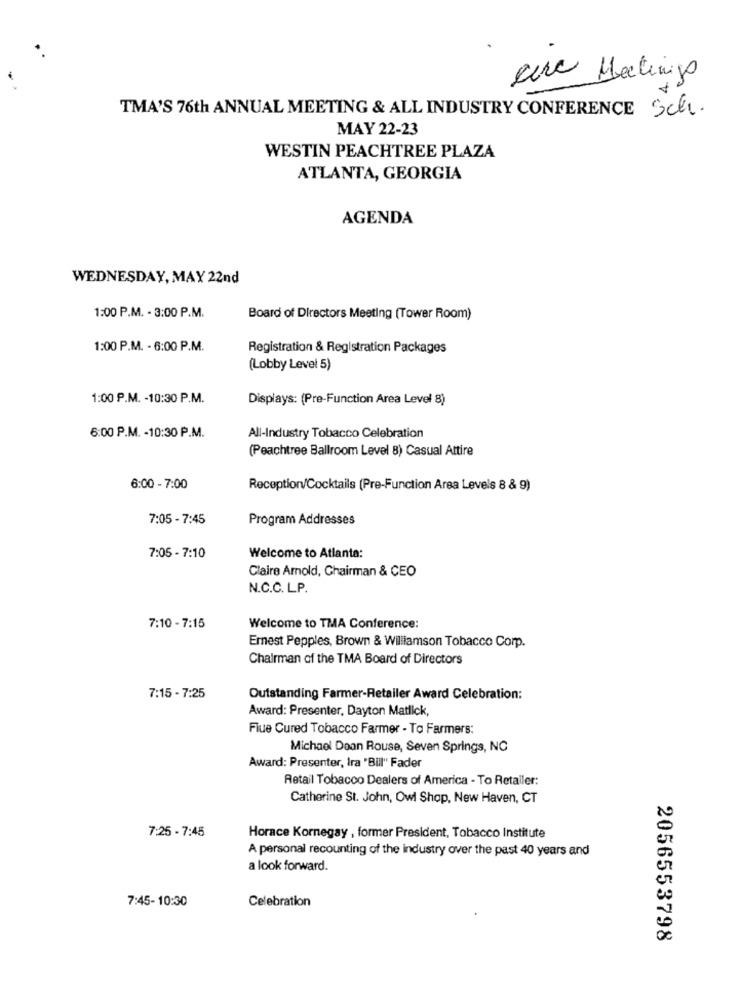
erc Malings
TMA'S 76th ANNUAL MEETING & ALL INDUSTRY CONFERENCE Sch.
MAY 22-23
WESTIN PEACHTREE PLAZA
ATLANTA, GEORGIA
AGENDA
WEDNESDAY, MAY 22nd
1:00 P.M. - 3:00 P.M.
Board of Directors Meeting (Tower Room)
1:00 P.M. - 6:00 P.M.
Registration & Registration Packages
(Lobby Level 5)
1:00 P.M. - 10:30 P.M.
Displays: (Pre-Function Area Level 8)
6:00 P.M. - 10:30 P.M.
All-Industry Tobacco Celebration
(Peachtree Ballroom Level 8) Casual Attire
6:00 - 7:00
Reception/Cocktails (Pre-Function Area Levels 8 & 9)
7:05 - 7:45
Program Addresses
7:05 - 7:10
Welcome to Atlanta:
Claire Amold, Chairman & CEO
N.C.C. L.P.
7:10 - 7:15
Welcome to TMA Conference:
Ernest Pepples, Brown & Williamson Tobacco Corp.
Chairman of the TMA Board of Directors
7:15 - 7:25
Outstanding Farmer-Retailer Award Celebration:
Award: Presenter, Dayton Matlick,
Flue Cured Tobacco Farmer - To Farmers:
Michael Doan Rouse, Seven Springs, NC
Award: Presenter, Ira "Bill" Fader
Retail Tobacco Dealers of America - To Retailer:
Catherine St. John, Owl Shop, New Haven, CT
7:25 - 7:45
Horace Kornegay , former President, Tobacco Institute
A personal recounting of the industry over the past 40 years and
a look forward.
7:45- 10:30
Celebration
2056553798